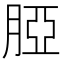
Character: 𦜖